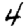
Digit: 4